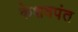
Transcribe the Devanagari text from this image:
केशवपंत